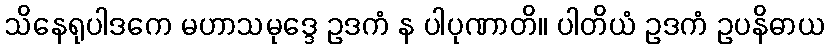
သိနေရုပါဒကေ မဟာသမုဒ္ဒေ ဥဒကံ န ပါပုဏာတိ။ ပါတိယံ ဥဒကံ ဥပနိဓာယ